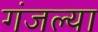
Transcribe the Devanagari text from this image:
गंजल्या